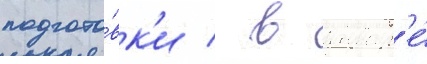
подгото́вк'и / в январ'е́